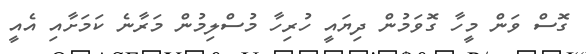
ގޮސް ވަން މީހާ ގޮވަމުން ދިޔައީ ހުރިހާ މުސްލިމުން މަރާނެ ކަމަށާއި އެއީ